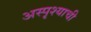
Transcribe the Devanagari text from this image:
अस्पृश्याची